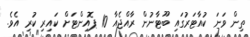
ތިން ވަނަ ކުއާޓަރުގައި ބޫޓާނުން ރާއްޖެއާ 10 ޕޮއިންޓަށް ކައިރި ކުރި އެވެ.